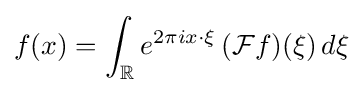
f(x)=\int _{\mathbb {R} }e^{2\pi ix\cdot \xi }\,({\mathcal {F}}f)(\xi )\,d\xi